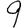
Digit: 9